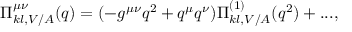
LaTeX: \Pi _ { k l , V / A } ^ { \mu \nu } ( q ) = ( - g ^ { \mu \nu } q ^ { 2 } + q ^ { \mu } q ^ { \nu } ) \Pi _ { k l , V / A } ^ { ( 1 ) } ( q ^ { 2 } ) + . . . ,